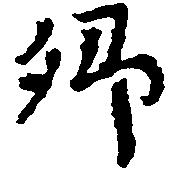
郷